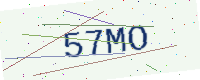
Text: 57MO